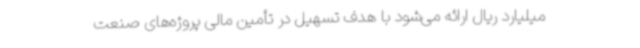
میلیارد ریال ارائه می‌شود با هدف تسهیل در تأمین مالی پروژه‌های صنعت